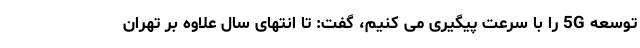
توسعه 5G را با سرعت پیگیری می کنیم، گفت: تا انتهای سال علاوه بر تهران